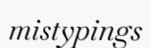
mistypings